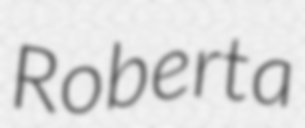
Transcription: Roberta